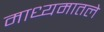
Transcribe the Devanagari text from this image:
माध्यमातले